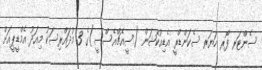
ސެންޓަރ ފޯރ ހަޔަރ ސެކަންޑްރީ އެޑިއުކޭޝަން (ސީއެޗްއެސްސީ)ގެ 3 މުދައްރިސަކު މިއަދު އެމްޑީޕީއަށް